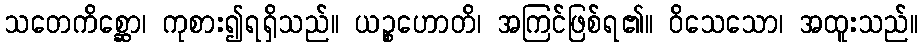
သတေကိစ္ဆော၊ ကုစား၍ရရှိသည်။ ယဉ္စဟောတိ၊ အကြင်ဖြစ်ရ၏။ ဝိသေသော၊ အထူးသည်။